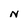
Character: N